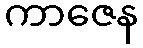
ကာဇေန